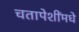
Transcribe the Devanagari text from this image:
चतापेशींमधे